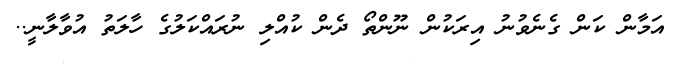
އަމާން ކަން ގެނެވުނު އިރަކުން ނޫންތޯ ދެން ކުއްލި ނުރައްކަލުގެ ހާލަތު އުވާލާނީ..